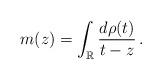
LaTeX: \begin{align*} m(z)=\int_{\mathbb{R}} \frac{d\rho(t)}{t-z}\,.\end{align*}